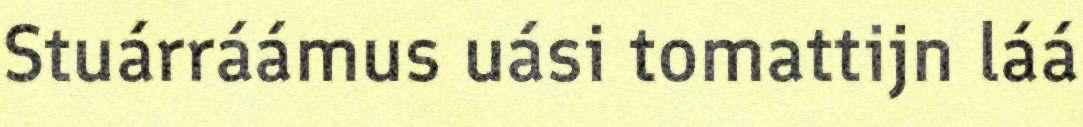
Stuárráámus uási tomattijn láá